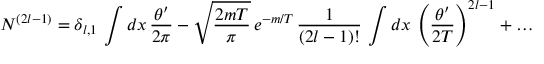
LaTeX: N ^ { ( 2 l - 1 ) } = \delta _ { l , 1 } \, \int d x \, \frac { \theta ^ { \prime } } { 2 \pi } - \sqrt { \frac { 2 m T } { \pi } } \, e ^ { - m / T } \, \frac { 1 } { ( 2 l - 1 ) ! } \, \int d x \, \left( \frac { \theta ^ { \prime } } { 2 T } \right) ^ { 2 l - 1 } + \dots